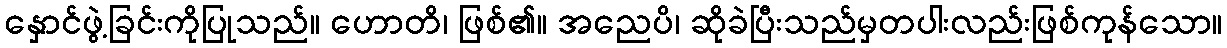
နှောင်ဖွဲ့ခြင်းကိုပြုသည်။ ဟောတိ၊ ဖြစ်၏။ အညေပိ၊ ဆိုခဲပြီးသည်မှတပါးလည်းဖြစ်ကုန်သော။